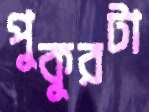
পুকুরটা